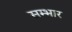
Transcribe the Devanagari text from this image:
सम्भार